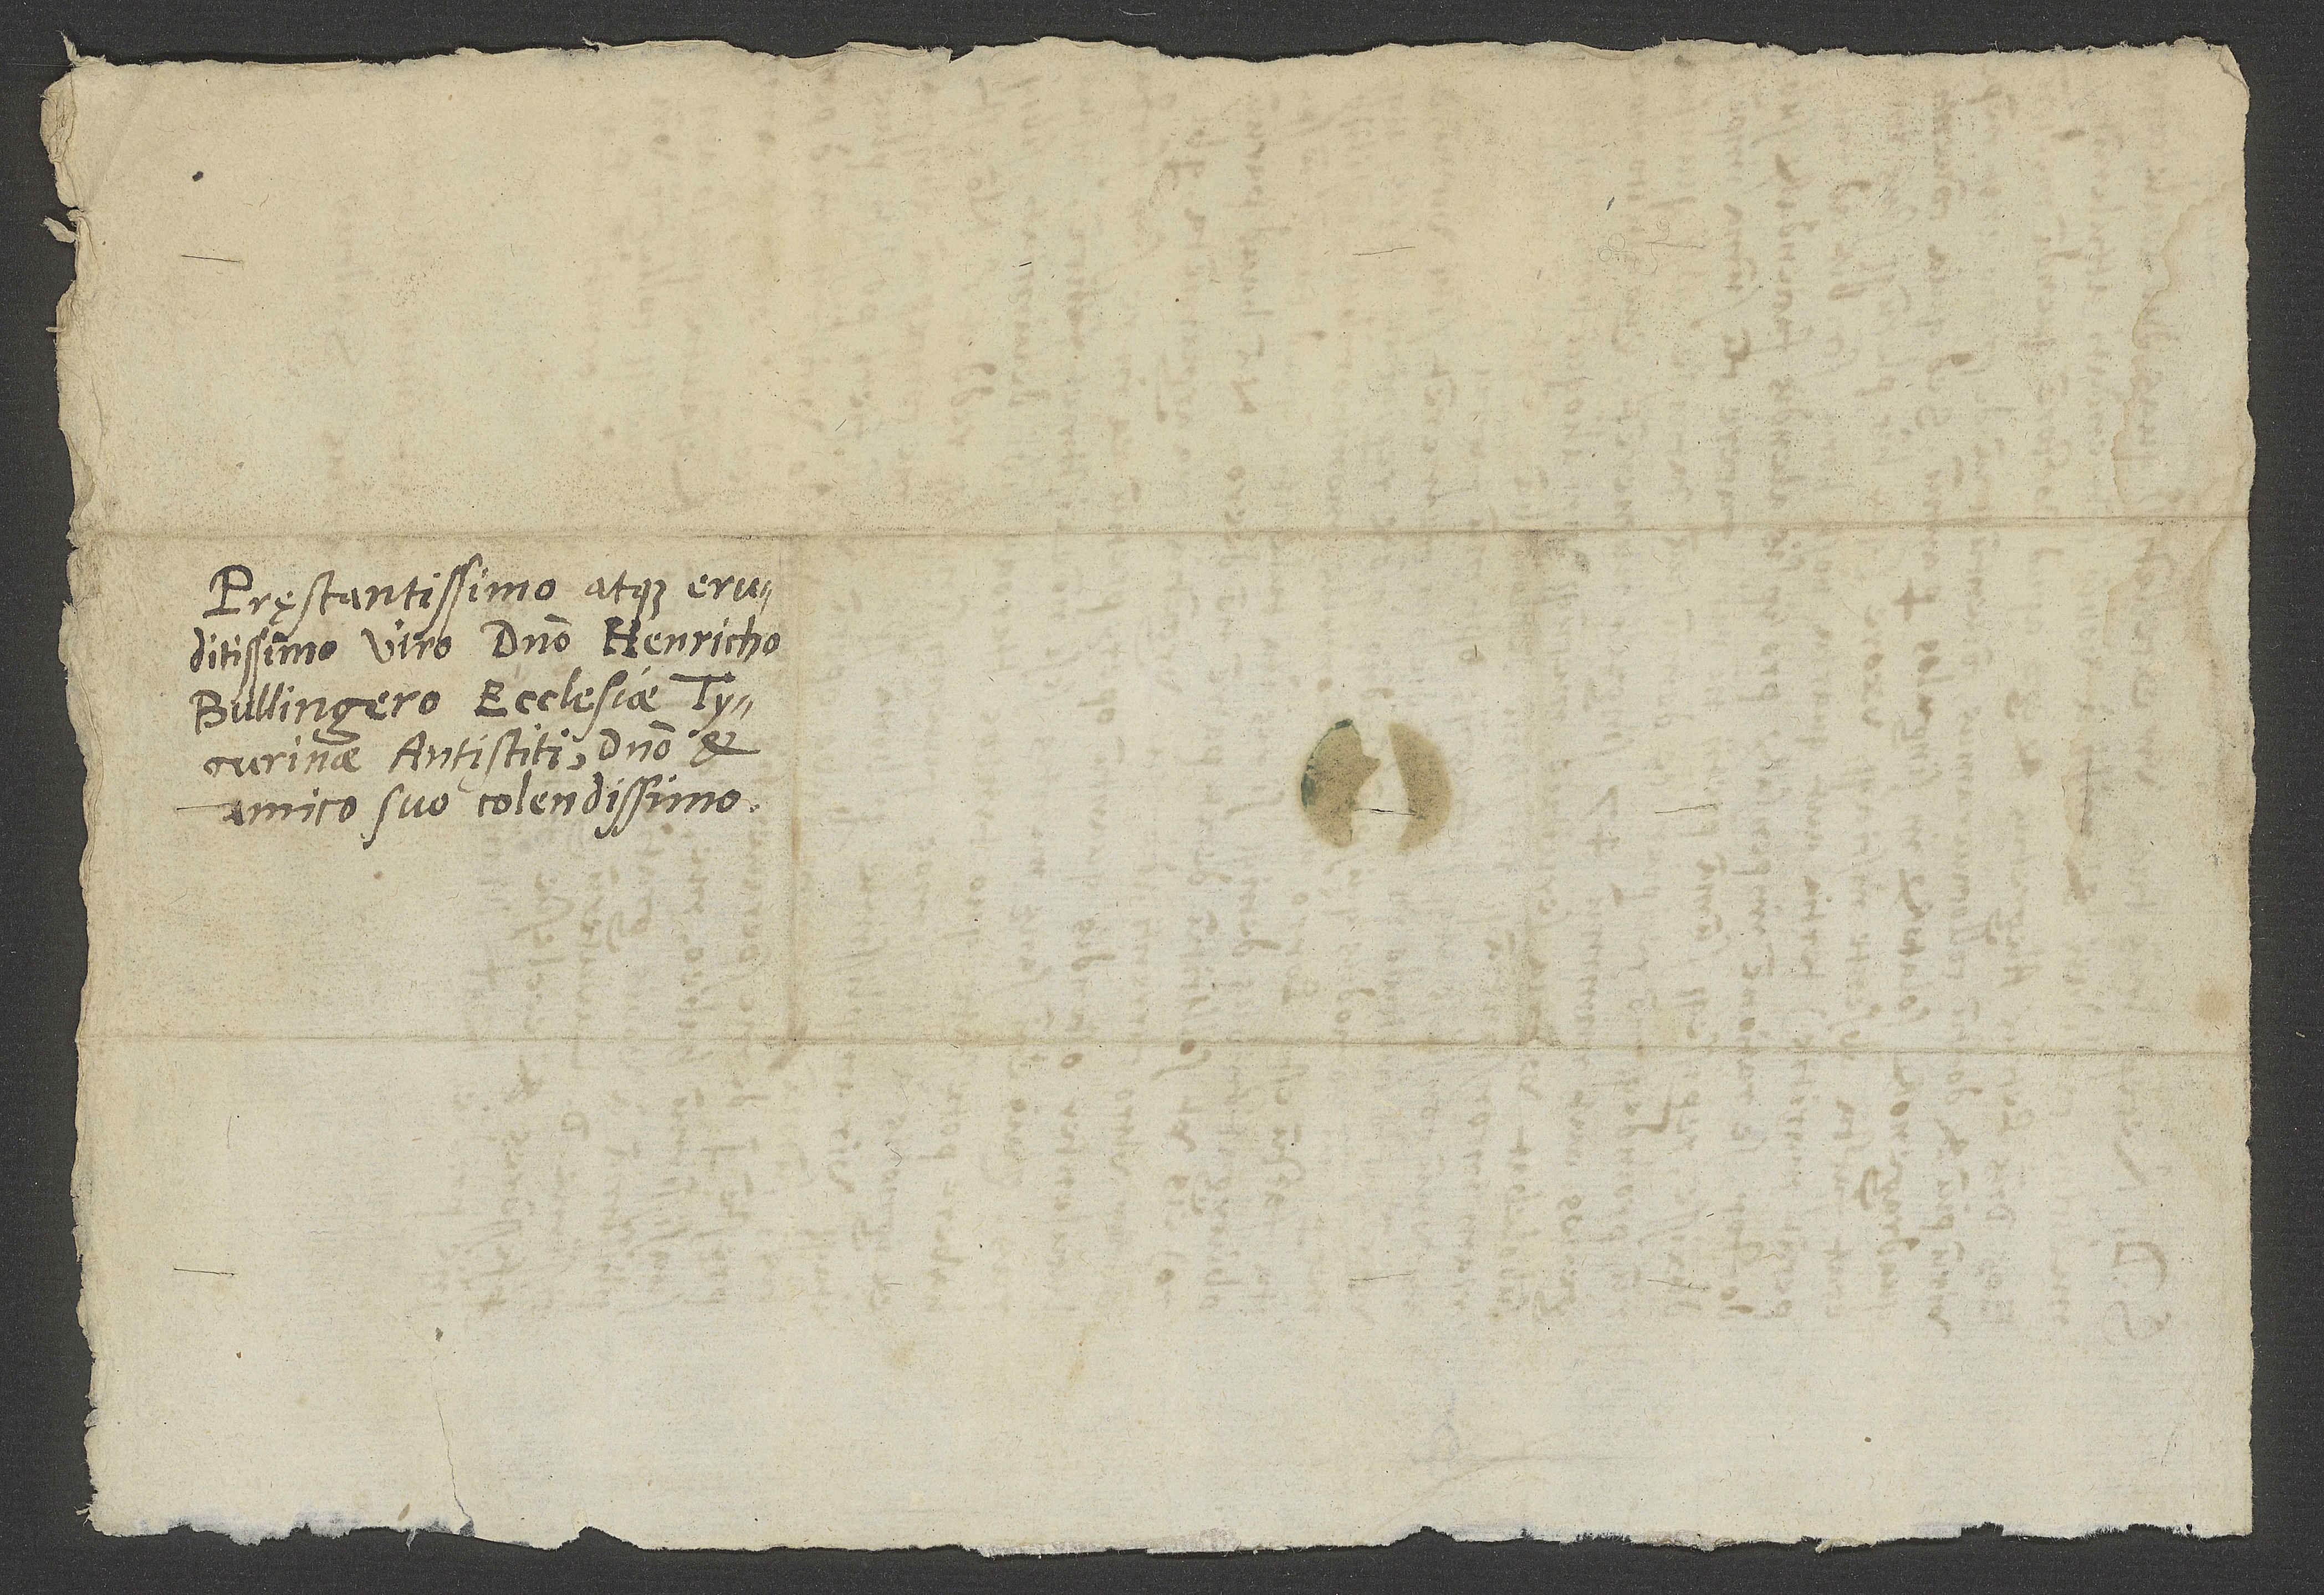
Pręstantissimo atque eruditissimo
Bullingero, ecclesiae Tygurinae
amico suo colendissimo.